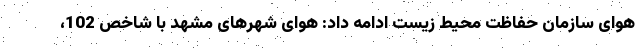
هوای سازمان حفاظت محیط‌ زیست ادامه داد: هوای شهرهای مشهد با شاخص 102،